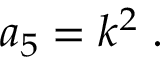
a _ { 5 } = k ^ { 2 } \; .